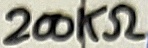
Text: 200KΩ